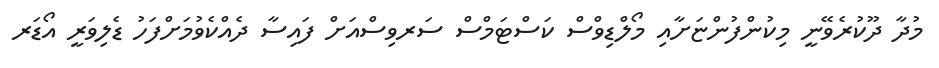
މުދާ ދޫކުރެވޭނީ މިކުންފުންޏަށާއި މޯލްޑިވްސް ކަސްޓަމްސް ސަރވިސްއަށް ފައިސާ ދެއްކެވުމަށްފަހު ޑެލިވަރީ އޯޑަރ